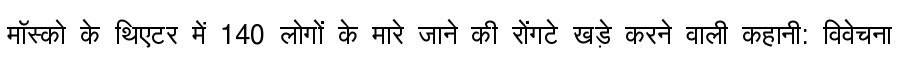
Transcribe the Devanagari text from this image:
मॉस्को के थिएटर में 140 लोगों के मारे जाने की रोंगटे खड़े करने वाली कहानी: विवेचना